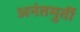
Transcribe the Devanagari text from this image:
अनंतमुर्ती